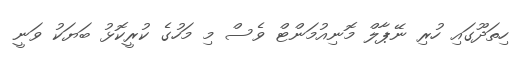
ހިތަދޫގައި ހުރި ނޭޕާލް މޮނިއުމަންޓް ވެސް މި މަހުގެ ކުރީކޮޅު ބަޔަކު ވަނީ